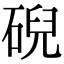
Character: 𥓋